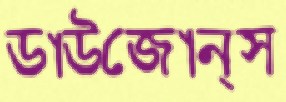
ডাউজোন্স